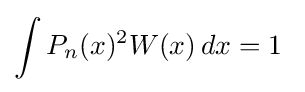
\int P_{n}(x)^{2}W(x)\,dx=1~